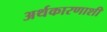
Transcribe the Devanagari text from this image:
अर्थकारणाशी